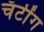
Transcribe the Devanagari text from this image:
चॅटींग